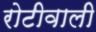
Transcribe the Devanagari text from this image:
रोटीवाली